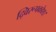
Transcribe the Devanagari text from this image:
द्विरूपकोश।